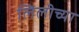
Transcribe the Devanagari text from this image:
लिलीच्या